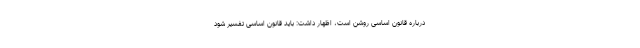
درباره قانون اساسی روشن است، اظهار داشت: باید قانون اساسی تفسیر شود